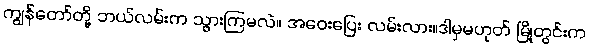
ကျွန်တော်တို့ ဘယ်လမ်းက သွားကြမလဲ။ အဝေးပြေး လမ်းလား။ဒါမှမဟုတ် မြို့တွင်းက